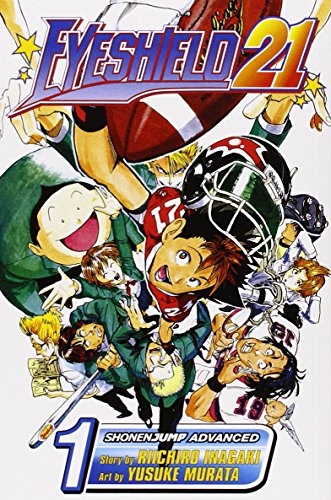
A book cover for Eyeshield 21, Vol. 1; Riichiro Inagakiri; Comics & Graphic Novels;